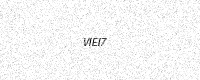
Text: VIEI7